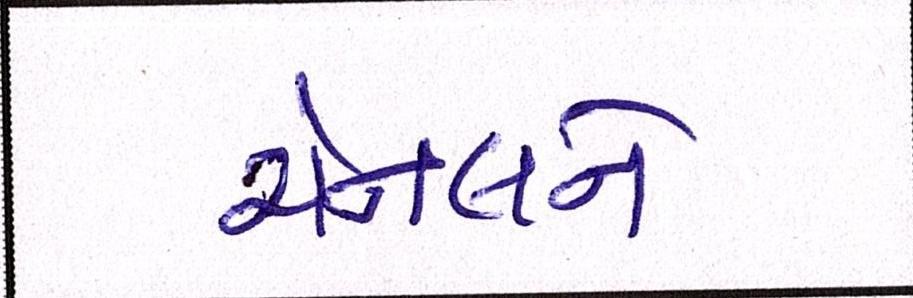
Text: ચેનલને